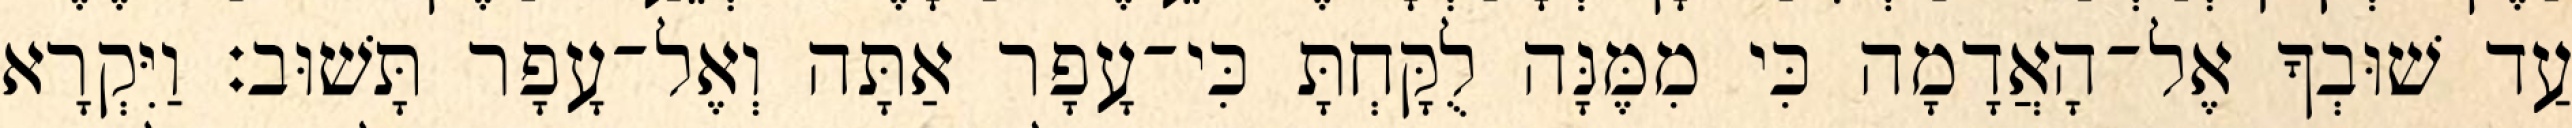
עַד שׁוּבְךָ אֶל־הָאֲדָמָה כִּי מִמֶּנָּה לֻקָּחְתָּ כִּי־עָפָר אַתָּה וְאֶל־עָפָר תָּשׁוּב׃ וַיִּקְרָא